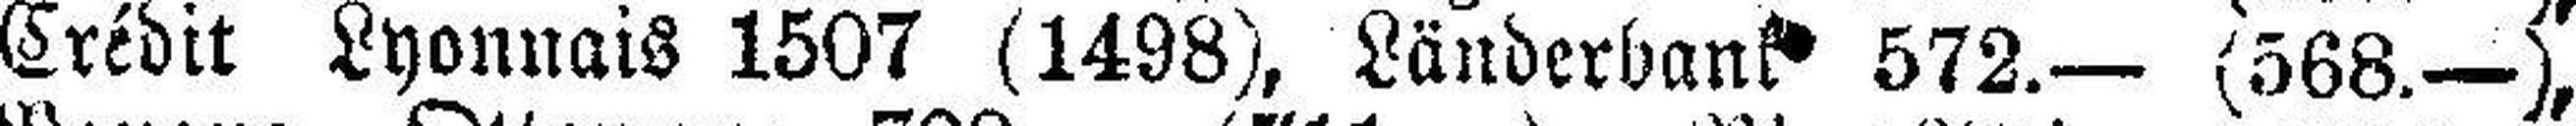
Crédit Lyonnais 1507 (1498), Länderbank 572.— (568.—),